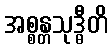
အစ္စန္တသုဒ္ဓီတိ